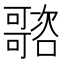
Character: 𡃭